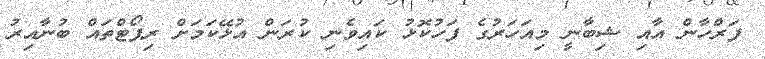
ފަރްހާން އާއި ޝިބާނީ މިއަހަރުގެ ފަހުކޮޅު ކައިވެނި ކުރަން އުޅޭކަމަށް ރިޕޯޓްތައް ބުނާއިރު